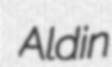
Aldin